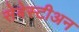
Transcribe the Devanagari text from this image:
सेबेस्टीअन